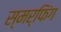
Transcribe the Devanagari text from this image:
स्मर्फिंग